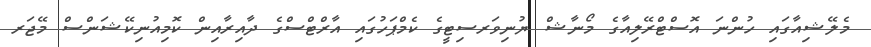
މެލޭޝިއާގައި ހުންނަ އޮސްޓްރޭލިއާގެ މޯނާޝް ޔުނިވަރސިޓީގެ ކެމްޕަހުގައި އާރްޓްސްގެ ދާއިރާއިން ކޮމިއުނިކޭޝަންސް މޭޖަރ